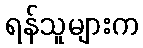
ရန်သူများက